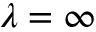
\lambda = \infty